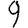
Digit: 9